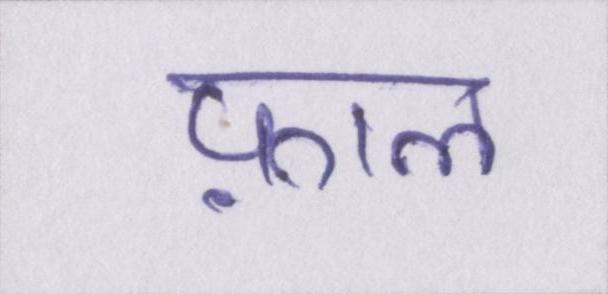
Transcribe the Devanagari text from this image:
फ़ाल